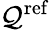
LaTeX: \mathcal{Q}^{\mathrm{{ref}}}